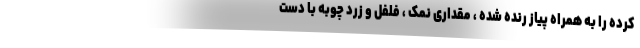
کرده را به همراه پیاز رنده شده ، مقداری نمک ، فلفل و زرد چوبه با دست